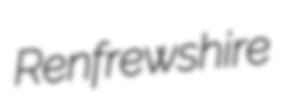
Renfrewshire